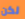
لكن